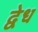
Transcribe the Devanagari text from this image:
द्वेध